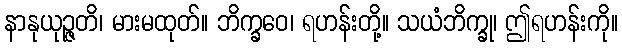
နာနုယုဉ္ဇတိ၊ မားမထုတ်။ ဘိက္ခဝေ၊ ရဟန်းတို့။ သယံဘိက္ခု၊ ဤရဟန်းကို။